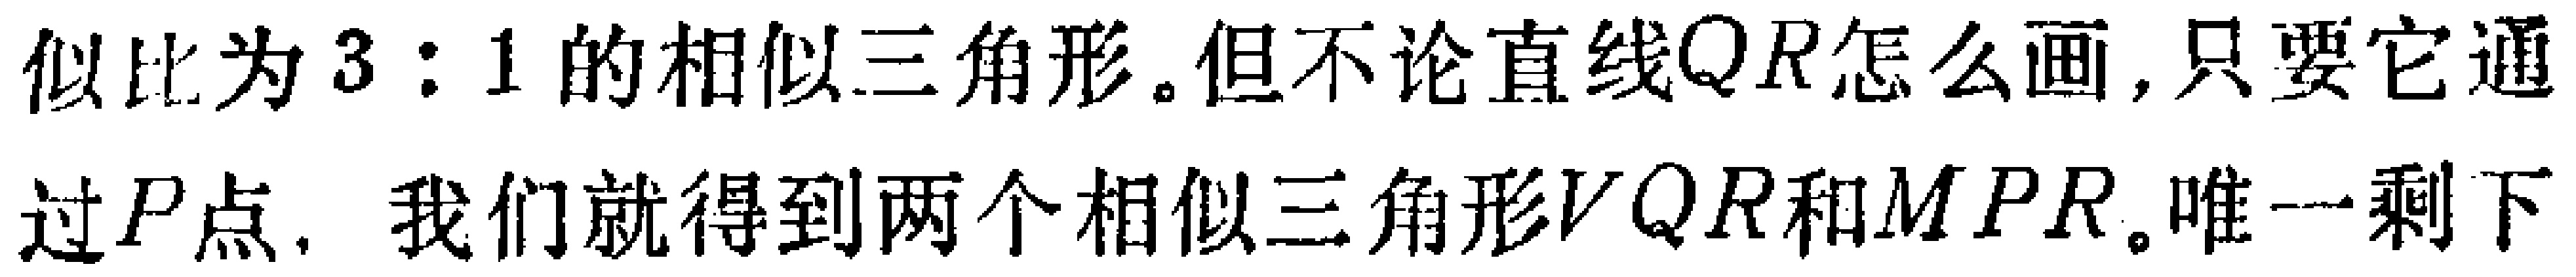
似比为$3:1$的相似三角形。但不论直线$QR$怎么画，只要它通

过$P$点，我们就得到两个相似三角形$VQR$和$MPR$。唯一剩下